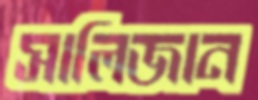
সালিজান